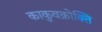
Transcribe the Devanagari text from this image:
काकुवक्रोक्ति